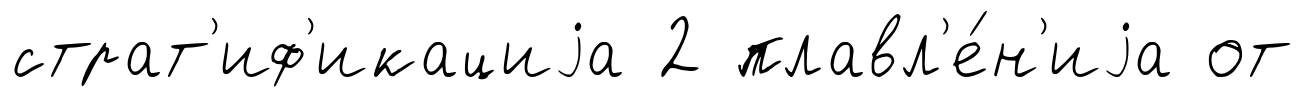
страт'иф'икациjа 2 плавл'е́н'иjа от